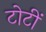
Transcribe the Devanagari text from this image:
टोटीं